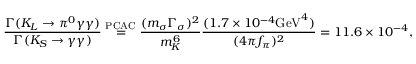
\frac { \Gamma ( K _ { L } \to \pi ^ { 0 } \gamma \gamma ) } { \Gamma ( K _ { S } \to \gamma \gamma ) } \stackrel { \mathrm { P C A C } } { = } \frac { ( m _ { \sigma } \Gamma _ { \sigma } ) ^ { 2 } } { m _ { K } ^ { 6 } } \frac { ( 1 . 7 \times 1 0 ^ { - 4 } \mathrm { G e V } ^ { 4 } ) } { ( 4 \pi f _ { \pi } ) ^ { 2 } } = 1 1 . 6 \times 1 0 ^ { - 4 } ,